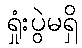
ရှုံးပွဲမရှိ